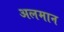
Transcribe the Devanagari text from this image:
अलमान